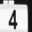
Digit: 4